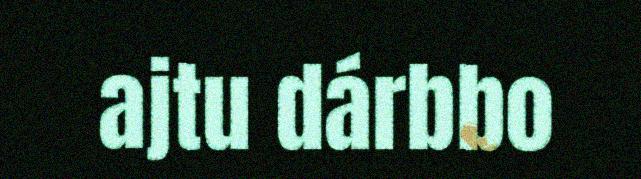
ajtu dárbbo